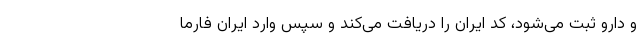
و دارو ثبت می‌شود، کد ایران را دریافت می‌کند و سپس وارد ایران فارما